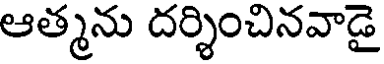
ఆత్మను దర్శించినవాడై